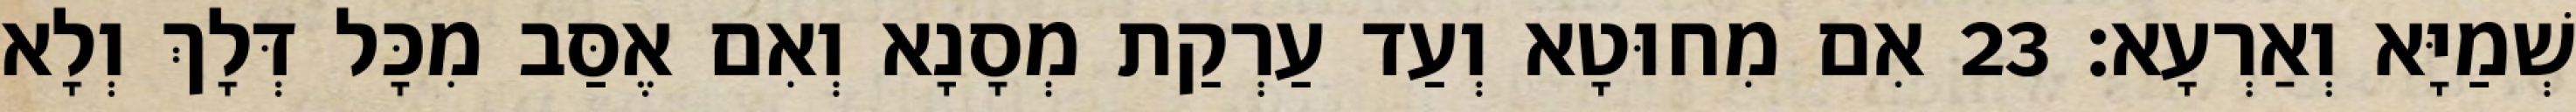
שְׁמַיָּא וְאַרְעָא׃ 23 אִם מִחוּטָא וְעַד עַרְקַת מְסָנָא וְאִם אֶסַּב מִכָּל דְּלָךְ וְלָא